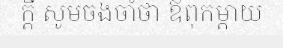
ក្តី សូមចងចាំថា ឪពុកម្តាយ